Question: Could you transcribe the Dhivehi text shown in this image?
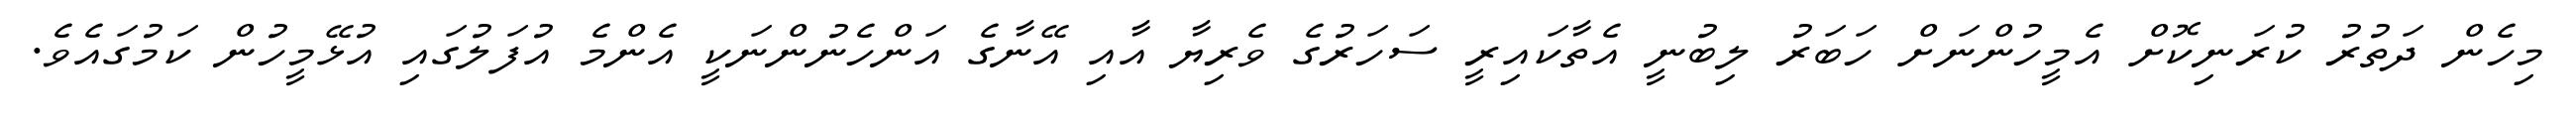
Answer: މިހެން ދަތުރު ކުރަނިކޮށް އެމީހުންނަށް ހަބަރު ލިބުނީ އެތާކައިރީ ސަހަރުގެ ވެރިޔާ އާއި އޭނާގެ އަންހެނުންނަކީ އެންމެ އުފަލުގައި އުޅޭމީހުން ކަމުގައެވެ.